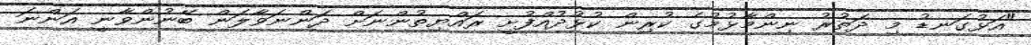
"އަޅުގަނޑު މި ދަތުރު ނިންމާޅުމުގެ ކުރިން ކުޅުދުއްފުށީ ރައްޔިތުންނަށް ދަންނަވާލަން ބޭނުންވާނީ އަންނަ